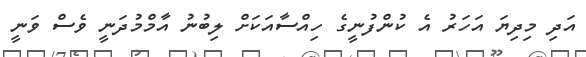
އަދި މިދިޔަ އަހަރު އެ ކުންފުނީގެ ހިއްސާއަކަށް ލިބުނު އާމްމުދަނީ ވެސް ވަނީ